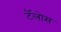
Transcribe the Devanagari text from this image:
टॅलोस